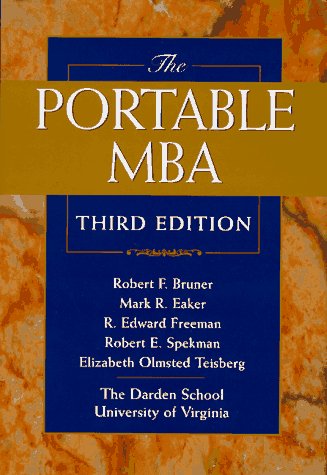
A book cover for The Portable MBA (Portable MBA Series) (The Portable MBA Series); Robert F. Bruner; Politics & Social Sciences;